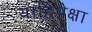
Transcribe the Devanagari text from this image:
याहिपेक्षा